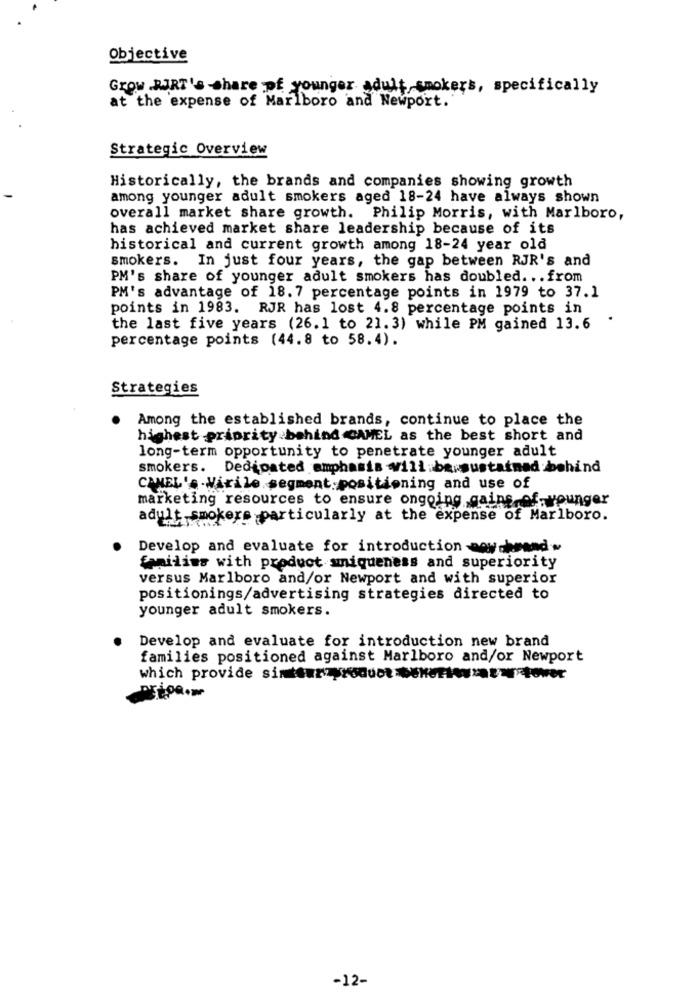
Objective
Grow KURT's share of younger adult, smokers, specifically
at the expense of Marlboro and Newport."
Strategic Overview
Historically, the brands and companies showing growth
among younger adult smokers aged 18-24 have always shown
overall market share growth. Philip Morris, with Marlboro,
has achieved market share leadership because of its
historical and current growth among 18-24 year old
smokers. In just four years, the gap between RJR's and
PM's share of younger adult smokers has doubled ... from
PM's advantage of 18.7 percentage points in 1979 to 37.1
points in 1983. RJR has lost 4.8 percentage points in
.
the last five years (26.1 to 21.3) while PM gained 13.6
percentage points (44.8 to 58.4).
Strategies
Among the established brands, continue to place the
highest priority behind CAMEL as the best short and
long-term opportunity to penetrate younger adult
smokers. Dedicated emphasis will barsustained behind
CAMEL's Virile segment positioning and use of
marketing resources to ensure ongoing gains-of-younger
adult smokers particularly at the expense of Marlboro.
Develop and evaluate for introduction nowchrand .
families with product uniqueness and superiority
versus Marlboro and/or Newport and with superior
positionings/advertising strategies directed to
younger adult smokers.
Develop and evaluate for introduction new brand
families positioned against Marlboro and/or Newport
which provide sintewr routetower
-12-